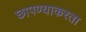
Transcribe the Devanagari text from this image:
छापण्याकरता